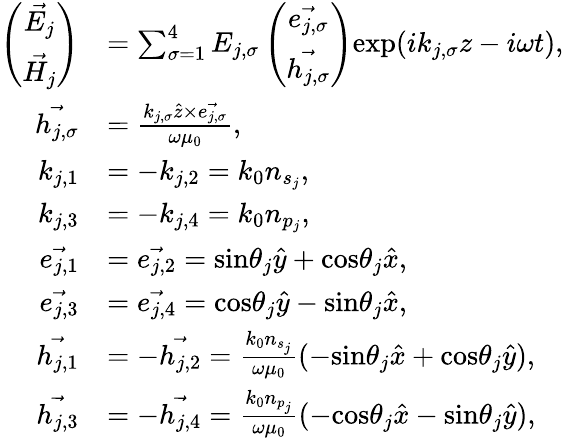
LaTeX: \begin{array}{rl}{\left(\begin{array}{cc}{\vec{E_{j}}}\\ {\vec{H_{j}}}\end{array}\right)}&{=\sum_{\sigma=1}^{4}E_{j,\sigma}\left(\begin{array}{cc}{\vec{e_{j,\sigma}}}\\ {\vec{h_{j,\sigma}}}\end{array}\right)\textrm{exp}(ik_{j,\sigma}z-i\omega t),}\\ {\vec{h_{j,\sigma}}}&{=\frac{k_{j,\sigma}\hat{z}\times\vec{e_{j,\sigma}}}{\omega\mu_{0}},}\\ {k_{j,1}}&{=-k_{j,2}=k_{0}n_{s_{j}},}\\ {k_{j,3}}&{=-k_{j,4}=k_{0}n_{p_{j}},}\\ {\vec{e_{j,1}}}&{=\vec{e_{j,2}}=\textrm{sin}\theta_{j}\hat{y}+\textrm{cos}\theta_{j}\hat{x},}\\ {\vec{e_{j,3}}}&{=\vec{e_{j,4}}=\textrm{cos}\theta_{j}\hat{y}-\textrm{sin}\theta_{j}\hat{x},}\\ {\vec{h_{j,1}}}&{=-\vec{h_{j,2}}=\frac{k_{0}n_{s_{j}}}{\omega\mu_{0}}(-\textrm{sin}\theta_{j}\hat{x}+\textrm{cos}\theta_{j}\hat{y}),}\\ {\vec{h_{j,3}}}&{=-\vec{h_{j,4}}=\frac{k_{0}n_{p_{j}}}{\omega\mu_{0}}(-\textrm{cos}\theta_{j}\hat{x}-\textrm{sin}\theta_{j}\hat{y}),}\end{array}